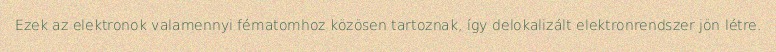
Ezek az elektronok valamennyi fématomhoz közösen tartoznak, így delokalizált elektronrendszer jön létre.